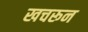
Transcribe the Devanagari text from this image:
खचरून